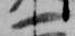
一